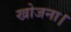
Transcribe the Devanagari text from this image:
खोजना।